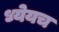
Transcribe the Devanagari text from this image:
ध्येयच